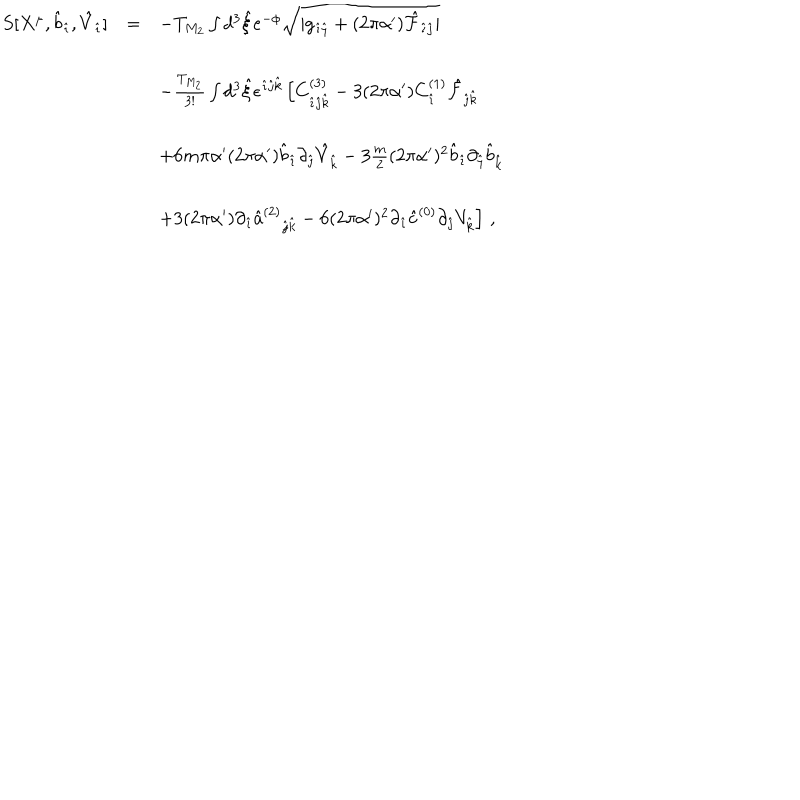
\begin{array} { r c l } { { S [ X ^ { \mu } , { \hat { b } } _ { \hat { \imath } } , { \hat { V } } _ { \hat { \imath } } ] } } & { { = } } & { { - T _ { M _ { 2 } } \int d ^ { 3 } { \hat { \xi } } e ^ { - \phi } \sqrt { | g _ { \hat { \imath } \hat { \jmath } } + ( 2 \pi \alpha ^ { \prime } ) { \hat { \cal F } } _ { \hat { \imath } \hat { \jmath } } | } } } \\ { { } } & { { } } & { { } } \\ { { } } & { { } } & { { - \frac { T _ { M _ { 2 } } } { 3 ! } \int d ^ { 3 } \hat { \xi } \epsilon ^ { \hat { \imath } \hat { \jmath } \hat { k } } \left[ C _ { \hat { \imath } \hat { \jmath } \hat { k } } ^ { ( 3 ) } - 3 ( 2 \pi \alpha ^ { \prime } ) C _ { \hat { \imath } } ^ { ( 1 ) } \hat { \cal F } _ { \hat { \jmath } \hat { k } } \right. } } \\ { { } } & { { } } & { { } } \\ { { } } & { { } } & { { \left. + 6 m \pi \alpha ^ { \prime } ( 2 \pi \alpha ^ { \prime } ) { \hat { b } } _ { \hat { \imath } } \partial _ { \hat { \jmath } } { \hat { V } } _ { \hat { k } } - 3 \frac { m } { 2 } ( 2 \pi \alpha ^ { \prime } ) ^ { 2 } { \hat { b } } _ { \hat { \imath } } \partial _ { \hat { \jmath } } { \hat { b } } _ { \hat { k } } \right. } } \\ { { } } & { { } } & { { } } \\ { { } } & { { } } & { { \left. + 3 ( 2 \pi \alpha ^ { \prime } ) \partial _ { \hat { \imath } } \hat { a } ^ { ( 2 ) } { } _ { \hat { \jmath } \hat { k } } - 6 ( 2 \pi \alpha ^ { \prime } ) ^ { 2 } \partial _ { \hat { \imath } } { \hat { c } } ^ { ( 0 ) } \partial _ { \hat { \jmath } } V _ { \hat { k } } \right] \, , } } \\ \end{array}